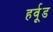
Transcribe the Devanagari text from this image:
हर्वूड